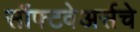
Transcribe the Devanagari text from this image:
सॉफ्टवेअर्सचे